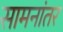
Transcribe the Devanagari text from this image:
सामनांतर